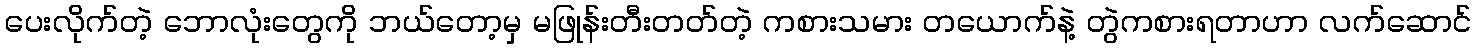
ပေးလိုက်တဲ့ ဘောလုံးတွေကို ဘယ်တော့မှ မဖြုန်းတီးတတ်တဲ့ ကစားသမား တယောက်နဲ့ တွဲကစားရတာဟာ လက်ဆောင်